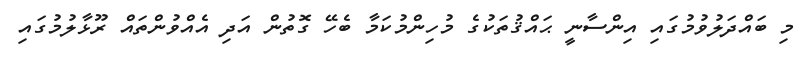
މި ބައްދަލުވުމުގައި އިންސާނީ ޙައްޤުތަކުގެ މުހިންމުކަމާ ބެހޭ ގޮތުން އަދި އެއްވުންތައް ރޫޅާލުމުގައި